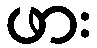
ဖား